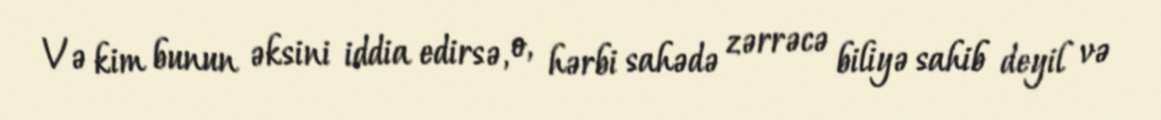
Və kim bunun əksini iddia edirsə, o, hərbi sahədə zərrəcə biliyə sahib deyil və